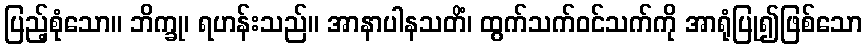
ပြည့်စုံသော။ ဘိက္ခု၊ ရဟန်းသည်။ အာနာပါနသတိံ၊ ထွက်သက်ဝင်သက်ကို အာရုံပြု၍ဖြစ်သော